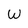
Character: W